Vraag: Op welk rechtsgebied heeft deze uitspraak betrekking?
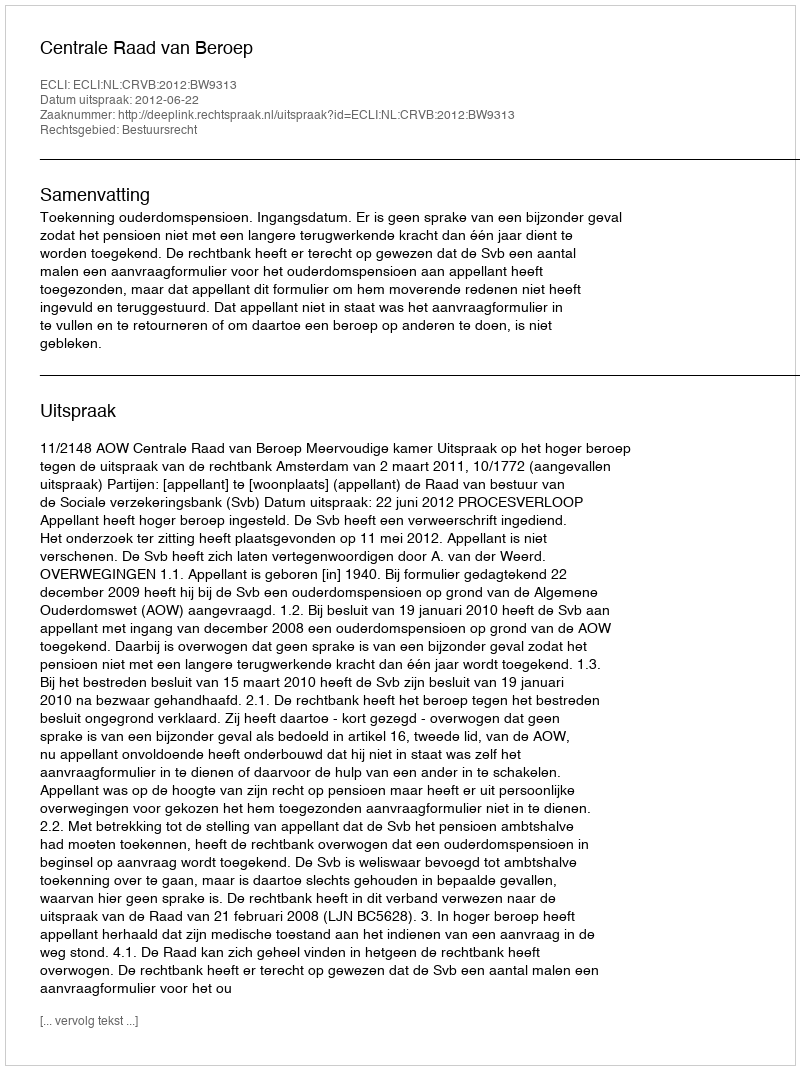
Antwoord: Bestuursrecht